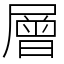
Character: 層